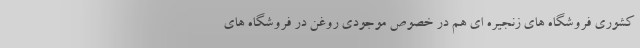
کشوری فروشگاه های زنجیره ای هم در خصوص موجودی روغن در فروشگاه های